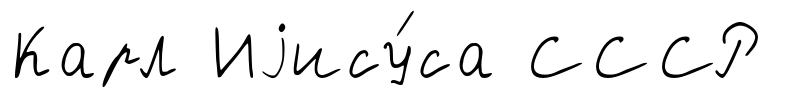
Карл Иjису́са СССР